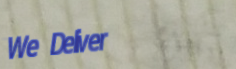
We Deliver